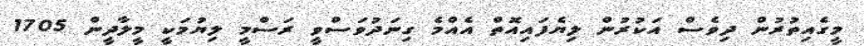
މީގެއިތުރުން ދިވެސް އަކުރުން ލިޔެފައިއޮތް އެއްމެ ގިނަދުވަސްވީ ރަސްމީ ލިޔުމަކީ މީލާދީން 1705